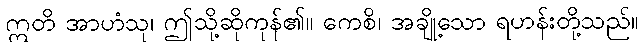
ဣတိ အာဟံသု၊ ဤသို့ဆိုကုန်၏။ ကေစိ၊ အချို့သော ရဟန်းတို့သည်။